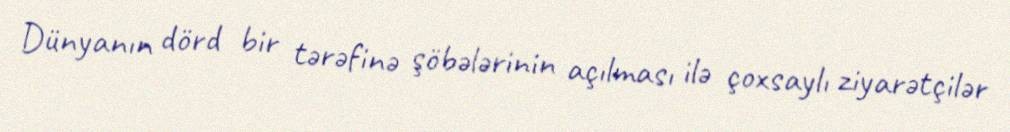
Dünyanın dörd bir tərəfinə şöbələrinin açılması ilə çoxsaylı ziyarətçilər